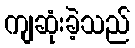
ကျဆုံးခဲ့သည်